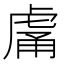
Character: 𧆿